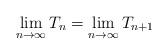
LaTeX: \begin{align*} \lim\limits_{n\to \infty} T_n = \lim\limits_{n\to \infty} T_{n+1} \end{align*}